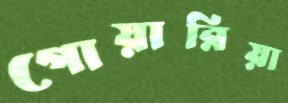
গোয়ারিয়া